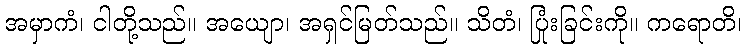
အမှာကံ၊ ငါတို့သည်။ အယျော၊ အရှင်မြတ်သည်။ သိတံ၊ ပြုံးခြင်းကို။ ကရောတိ၊